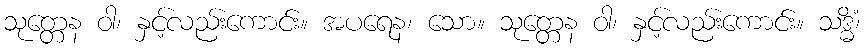
သုတ္တေန ဝါ၊ နှင့်လည်းကောင်း။ အပရေန၊ သော။ သုတ္တေန ဝါ၊ နှင့်လည်းကောင်း။ သဒ္ဓိံ၊